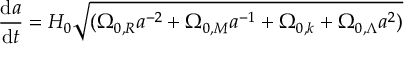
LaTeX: { \frac { \mathrm { d } a } { \mathrm { d } t } } = H _ { 0 } { \sqrt { ( \Omega _ { 0 , R } a ^ { - 2 } + \Omega _ { 0 , M } a ^ { - 1 } + \Omega _ { 0 , k } + \Omega _ { 0 , \Lambda } a ^ { 2 } ) } }